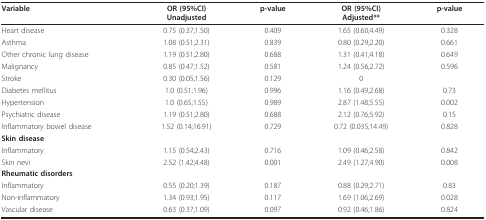
| Variable | OR (95%CI)Unadjusted | p-value | OR (95%CI)Adjusted** | p-value |
 | --- | --- | --- | --- | --- |
 | Heart disease | 0.75 (0.37;1.50) | 0.409 | 1.65 (0.60;4.49) | 0.328 |
 | Asthma | 1.08 (0.51;2.31) | 0.839 | 0.80 (0.29;2.20) | 0.661 |
 | Other chronic lung disease | 1.19 (0.51;2.80) | 0.688 | 1.31 (0.41;4.18) | 0.649 |
 | Malignancy | 0.85 (0.47;1.52) | 0.581 | 1.24 (0.56;2.72) | 0.596 |
 | Stroke | 0.30 (0.05;1.56) | 0.129 | 0 |  |
 | Diabetes mellitus | 1.0 (0.51;1.96) | 0.996 | 1.16 (0.49;2.68) | 0.73 |
 | Hypertension | 1.0 (0.65;1.55) | 0.989 | 2.87 (1.48;5.55) | 0.002 |
 | Psychiatric disease | 1.19 (0.51;2.80) | 0.688 | 2.12 (0.76;5.92) | 0.15 |
 | Inflammatory bowel disease | 1.52 (0.14;16.91) | 0.729 | 0.72 (0.035;14.49) | 0.828 |
 | Skin disease |  |  |  |  |
 | Inflammatory | 1.15 (0.54;2.43) | 0.716 | 1.09 (0.46;2.58) | 0.842 |
 | Skin nevi | 2.52 (1.42;4.48) | 0.001 | 2.49 (1.27;4.90) | 0.008 |
 | Rheumatic disorders |  |  |  |  |
 | Inflammatory | 0.55 (0.20;1.39) | 0.187 | 0.88 (0.29;2.71) | 0.83 |
 | Non-inflammatory | 1.34 (0.93;1.95) | 0.117 | 1.69 (1.06;2.69) | 0.028 |
 | Vascular disease | 0.63 (0.37;1.09) | 0.097 | 0.92 (0.46;1.86) | 0.824 |